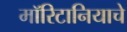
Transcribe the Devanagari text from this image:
मॉरिटानियाचे